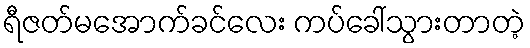
ရီဇတ်မအောက်ခင်လေး ကပ်ခေါ်သွားတာတဲ့